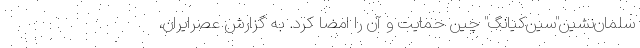
سلمان‌نشین"سین‌کیانگ" چین حمایت و آن را امضا کرد. به گزارش عصرایران،